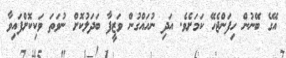
އޭގެ ބޭނުން ހިފަންޖެހޭ ކަމަށެވެ. އަދި ނުހައްގުން ވަޒީފާ ބަދަލުކޮށް ނުވަތަ ވަކިކޮށްފައިވާ